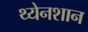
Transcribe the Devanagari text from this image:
थ्येनशान